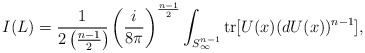
\begin{align*}I(L) = \frac {1}{2 \left( \frac {n-1}{2} \right) \!} \left( \frac {i}{8 \pi} \right)^{\frac {n-1}{2}} \int _{S^{n-1}_{\infty}} \hbox {tr} [ U(x) (dU(x))^{n-1} ],\end{align*}